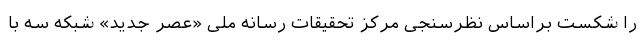
را شکست براساس نظرسنجی مرکز تحقیقات رسانه ملی «عصر جدید» شبکه سه با